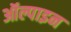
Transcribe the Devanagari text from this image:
ऑल्पाइन